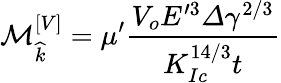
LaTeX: \mathcal{M}_{\widehat{k}}^{\left[V\right]}=\mu^{\prime}\frac{V_{o}E^{\prime 3}\varDelta\gamma^{2/3}}{K_{Ic}^{14/3}t}